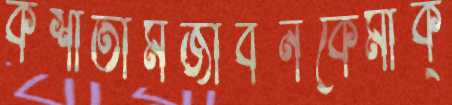
কশাতামজীবনকেমাক্